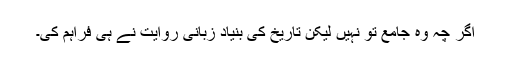
اگر چہ وہ جامع تو نہیں لیکن تاریخ کی بنیاد زبانی روایت نے ہی فراہم کی۔